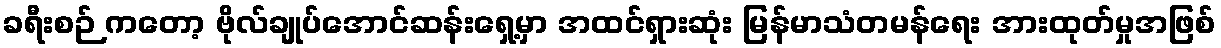
ခရီးစဉ် ကတော့ ဗိုလ်ချုပ်အောင်ဆန်းရှေ့မှာ အထင်ရှားဆုံး မြန်မာသံတမန်ရေး အားထုတ်မှုအဖြစ်